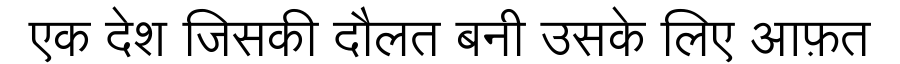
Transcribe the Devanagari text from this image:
एक देश जिसकी दौलत बनी उसके लिए आफ़त